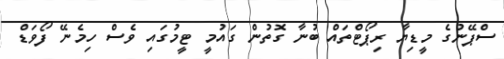
ސްޕޭނުގެ މީޑިޔާ ރިޕޯޓްތައް ބުނާ ގޮތުން ގައުމީ ޓީމުގައި ވެސް ހިމެނޭ ފޯވަޑް